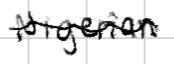
Text: Nigerian
Cross-out: mix
Writing tool: digital_black